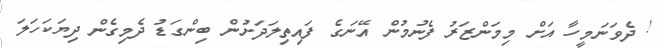
! ދެވަނަމީހާ އަށް މިމަންޒަރު ފެނުމުން އޭނަގެ ފައިތިލަދަށުން ބިންގަޑު ދެމިގެން ދިޔަކަހަލަ